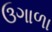
ઉગાળા